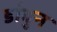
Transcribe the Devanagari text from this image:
डांबुन